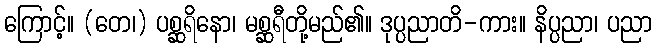
ကြောင့်။ (တေ၊) ပစ္ဆရိနော၊ မစ္ဆရီတို့မည်၏။ ဒုပ္ပညာတိ-ကား။ နိပ္ပညာ၊ ပညာ